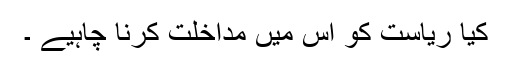
کیا ریاست کو اس میں مداخلت کرنا چاہیے ۔